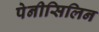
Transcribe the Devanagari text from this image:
पेनीसिलिन